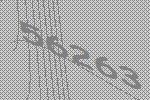
56263